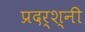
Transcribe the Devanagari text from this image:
प्रदर्श्नी